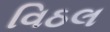
વિઠલ